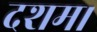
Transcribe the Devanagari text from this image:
दशम।